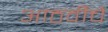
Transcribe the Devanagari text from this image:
आठवीचे